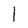
Character: l